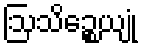
ဩသိဉ္စေယျုံ